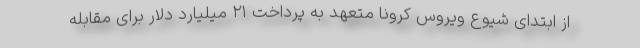
از ابتدای شیوع ویروس کرونا متعهد به پرداخت ۲۱ میلیارد دلار برای مقابله